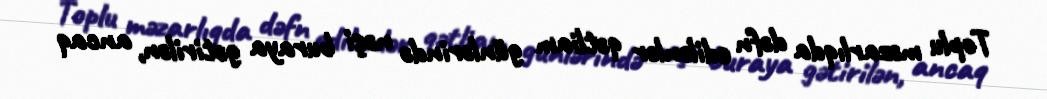
Toplu məzarlıqda dəfn edilənlər qətliam günlərində nəşi buraya gətirilən, ancaq